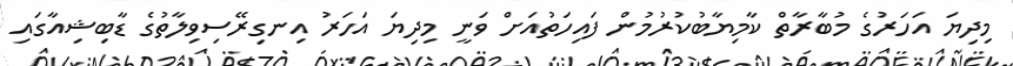
މިދިޔަ އަހަރުގެ މުބާރާތް ކާމިޔާބުކުރުމުން ފައިހަތުއަށް ވަނީ މިދިޔަ އަހަރު އިނގިރޭސިވިލާތުގެ ޑާބިޝިއާގައި